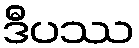
ဒီပဿ